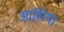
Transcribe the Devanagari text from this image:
आशिय।